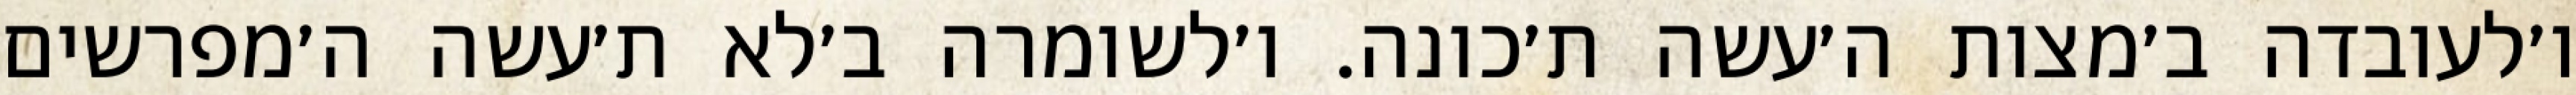
ו׳לעובדה ב׳מצות ה׳עשה ת׳כונה. ו׳לשומרה ב׳לא ת׳עשה ה׳מפרשים